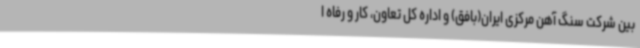
بین شرکت سنگ آهن مرکزی ایران(بافق) و اداره کل تعاون، کار و رفاه ا